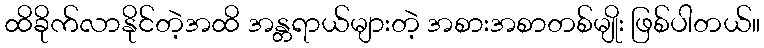
ထိခိုက်လာနိုင်တဲ့အထိ အန္တရာယ်များတဲ့ အစားအစာတစ်မျိုး ဖြစ်ပါတယ်။